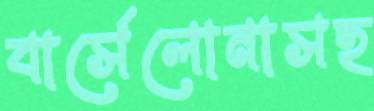
বার্সেলোনাসহ